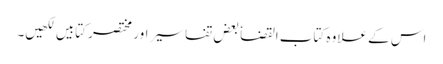
اس کے علاوہ کتاب القضا ٗ بعض تفاسیر اور مختصر کتابیں لکھیں۔